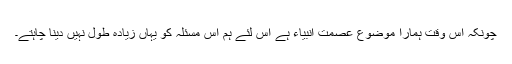
چونکہ اس وقت ہمارا موضوع عصمت انبیاء ہے اس لئے ہم اس مسئلہ کو یہاں زیادہ طول نہیں دینا چاہتے۔